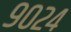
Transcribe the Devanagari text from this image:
९०२४